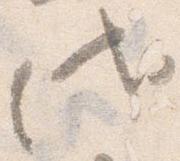
代